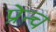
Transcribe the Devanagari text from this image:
प्रेन्च